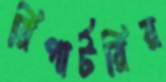
রিপার্টরির